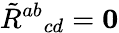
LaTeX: \tilde{R}{}^{ab}{}_{cd}=\mathbf{0}